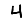
Digit: 4